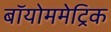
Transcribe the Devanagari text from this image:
बॉयोममेट्रिक